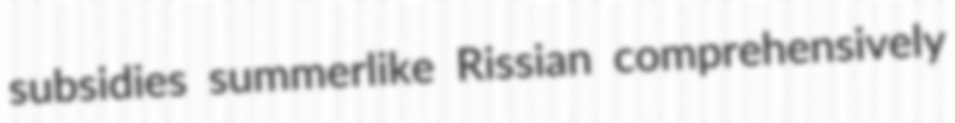
subsidies summerlike Rissian comprehensively